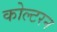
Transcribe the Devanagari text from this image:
कोल्टरन